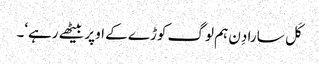
کَل سارا دِن ہم لوگ کوڑے کے اوپر بیٹھے رہے‘۔